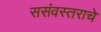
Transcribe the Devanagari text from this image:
ससंवस्तराचे